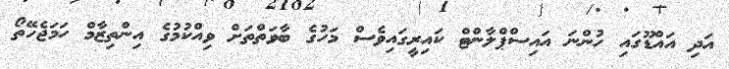
އަދި އައްޑޫގައި ހުންނަ އައިސްޕްލާންޓް ކައިރީގައިވެސް މަހުގެ ބާވަތްތަށް ވިއްކުމުގެ އިންތިޒާމް ހަމަޖެހޭތޯ